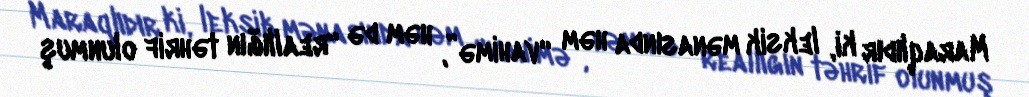
Maraqlıdır ki, leksik mənasında həm “vahimə”, həm də “reallığın təhrif olunmuş